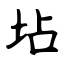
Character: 坫